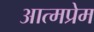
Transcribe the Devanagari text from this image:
आत्मप्रेम